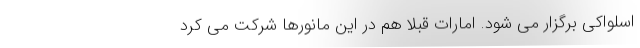
اسلواکی برگزار می شود. امارات قبلاً هم در این مانورها شرکت می کرد